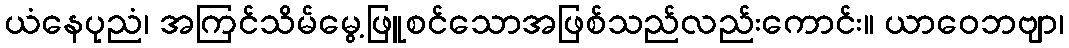
ယံနေပုညံ၊ အကြင်သိမ်မွေ့ဖြူစင်သောအဖြစ်သည်လည်းကောင်း။ ယာဝေဘဗျာ၊